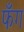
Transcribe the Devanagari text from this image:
फँग